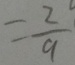
= \frac { 2 } { 9 }